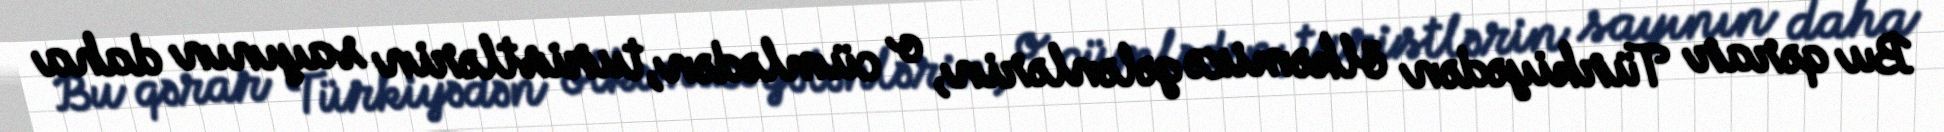
Bu qərar Türkiyədən ölkəmizə gələnlərin, o cümlədən, turistlərin sayının daha